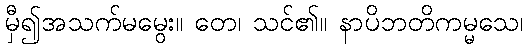
မှီ၍အသက်မမွေး။ တေ၊ သင်၏။ နာပိဘတိကမ္မသေ၊